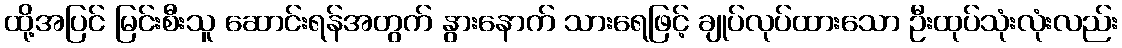
ထို့အပြင် မြင်းစီးသူ ဆောင်းရန်အတွက် နွားနောက် သားရေဖြင့် ချုပ်လုပ်ထားသော ဦးထုပ်သုံးလုံးလည်း